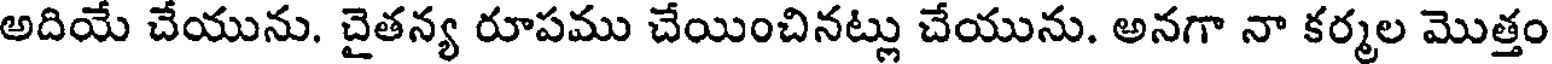
అదియే చేయును. చైతన్య రూపము చేయించినట్లు చేయును. అనగా నా కర్మల మొత్తం